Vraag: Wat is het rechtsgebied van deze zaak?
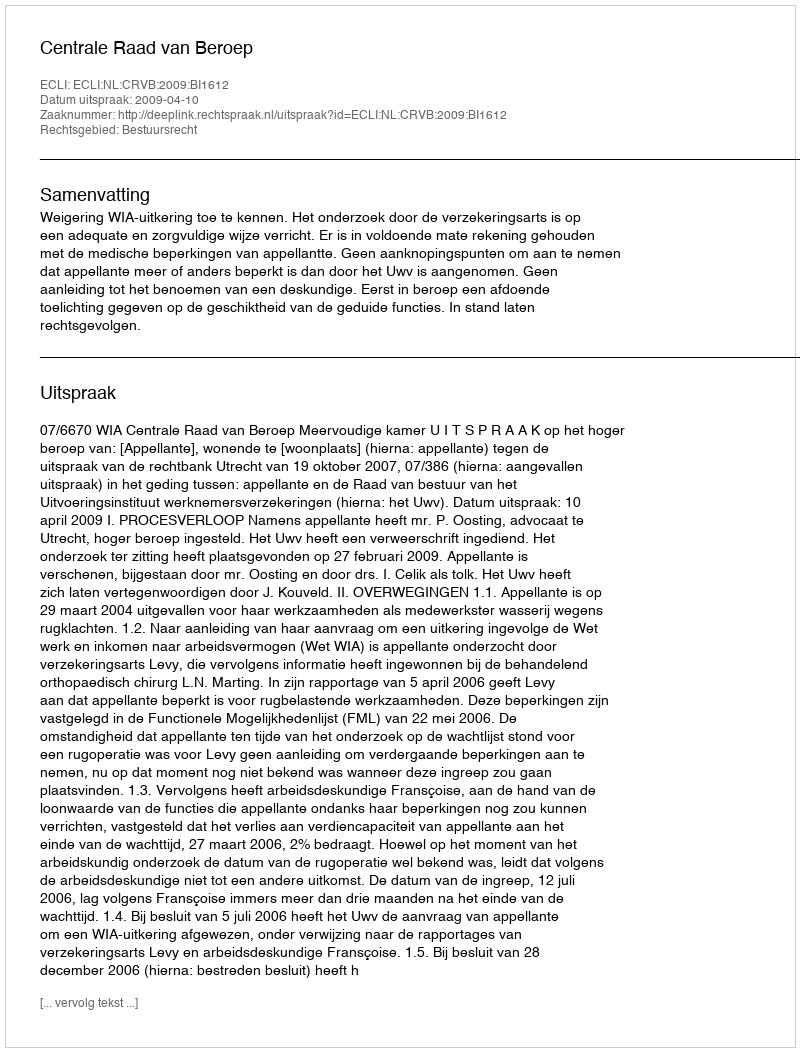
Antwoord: Bestuursrecht